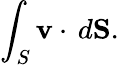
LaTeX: \int_{S}{\mathbf{v}}\cdot\, d{\mathbf{S}}.